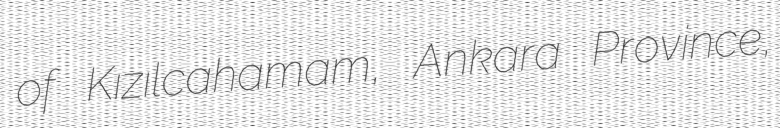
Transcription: of Kızılcahamam, Ankara Province,